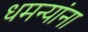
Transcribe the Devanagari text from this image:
धमन्यांना